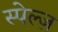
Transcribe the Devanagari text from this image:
स्पेल्ज़